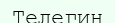
Телегин